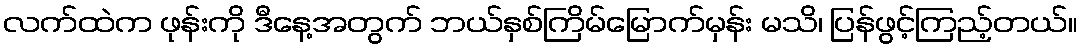
လက်ထဲက ဖုန်းကို ဒီနေ့အတွက် ဘယ်နှစ်ကြိမ်မြောက်မှန်း မသိ၊ ပြန်ဖွင့်ကြည့်တယ်။